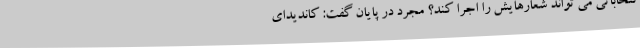
نتخاباتی می تواند شعارهایش را اجرا کند؟ مجرد در پایان گفت: کاندیدای